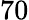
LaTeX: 70